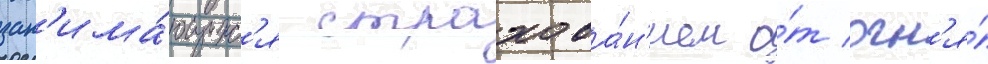
зан'има́ющихс'я страхова́н'ием о́т огн'я́